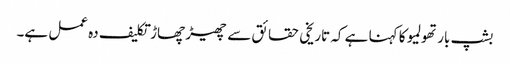
بشپ بارتھولمیو کا کہنا ہے کہ تاریخی حقائق سے چھیڑ چھاڑ تکلیف دہ عمل ہے۔